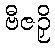
ဗီဇဉှိ